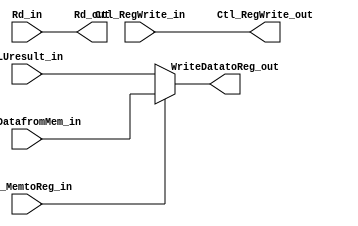
`timescale 1ns / 1ps

module WB(
// control signal
input Ctl_RegWrite_in, Ctl_MemtoReg_in,
output reg Ctl_RegWrite_out,
//
input [ 4:0] Rd_in,
input [31:0] ReadDatafromMem_in, ALUresult_in,
output reg [ 4:0] Rd_out,
output reg [31:0] WriteDatatoReg_out
);

always @(*) begin
Rd_out <= Rd_in;
Ctl_RegWrite_out <= Ctl_RegWrite_in;
WriteDatatoReg_out <= (Ctl_MemtoReg_in == 1) ? ReadDatafromMem_in : ALUresult_in;
end
endmodule